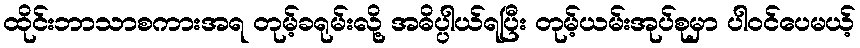
ထိုင်းဘာသာစကားအရ တုမ့်ခရုမ်းလို့ အဓိပ္ပါယ်ရပြီး တုမ့်ယမ်းအုပ်စုမှာ ပါဝင်ပေမယ့်